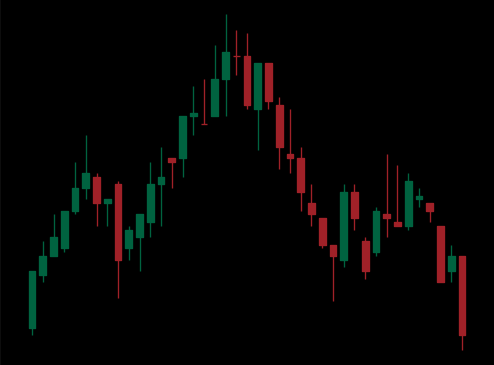
Pattern: head_shoulders